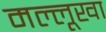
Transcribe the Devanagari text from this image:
मल्लूखा